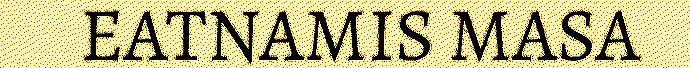
EATNAMIS MASA